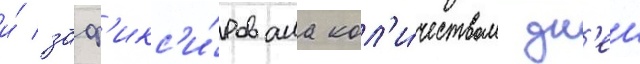
и́ заф'икс'и́рована кол'и́чеством дн'еи